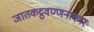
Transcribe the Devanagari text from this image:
जातकट्ठवण्णनाकार